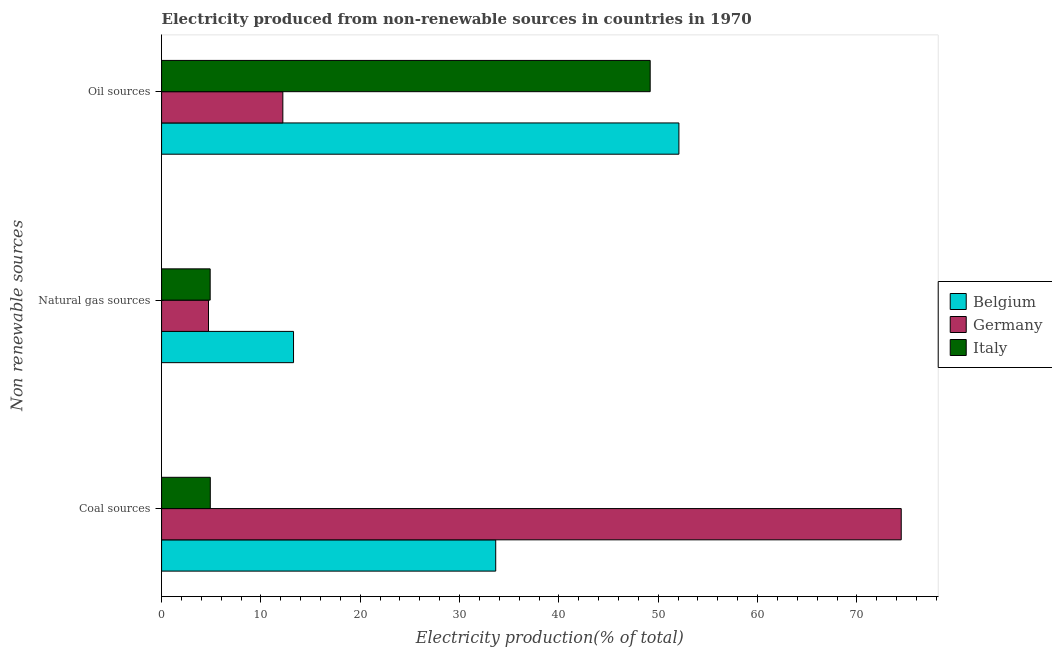
| Non renewable sources | Belgium | Germany | Italy |
 | --- | --- | --- | --- |
 | Coal sources | 33.6 | 74.5 | 4.9 |
 | Natural gas sources | 13.3 | 4.72 | 4.89 |
 | Oil sources | 52.1 | 12.2 | 49.2 |